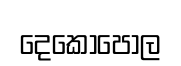
දෙකොපොල